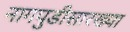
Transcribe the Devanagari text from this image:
नागपुडीसारख्या